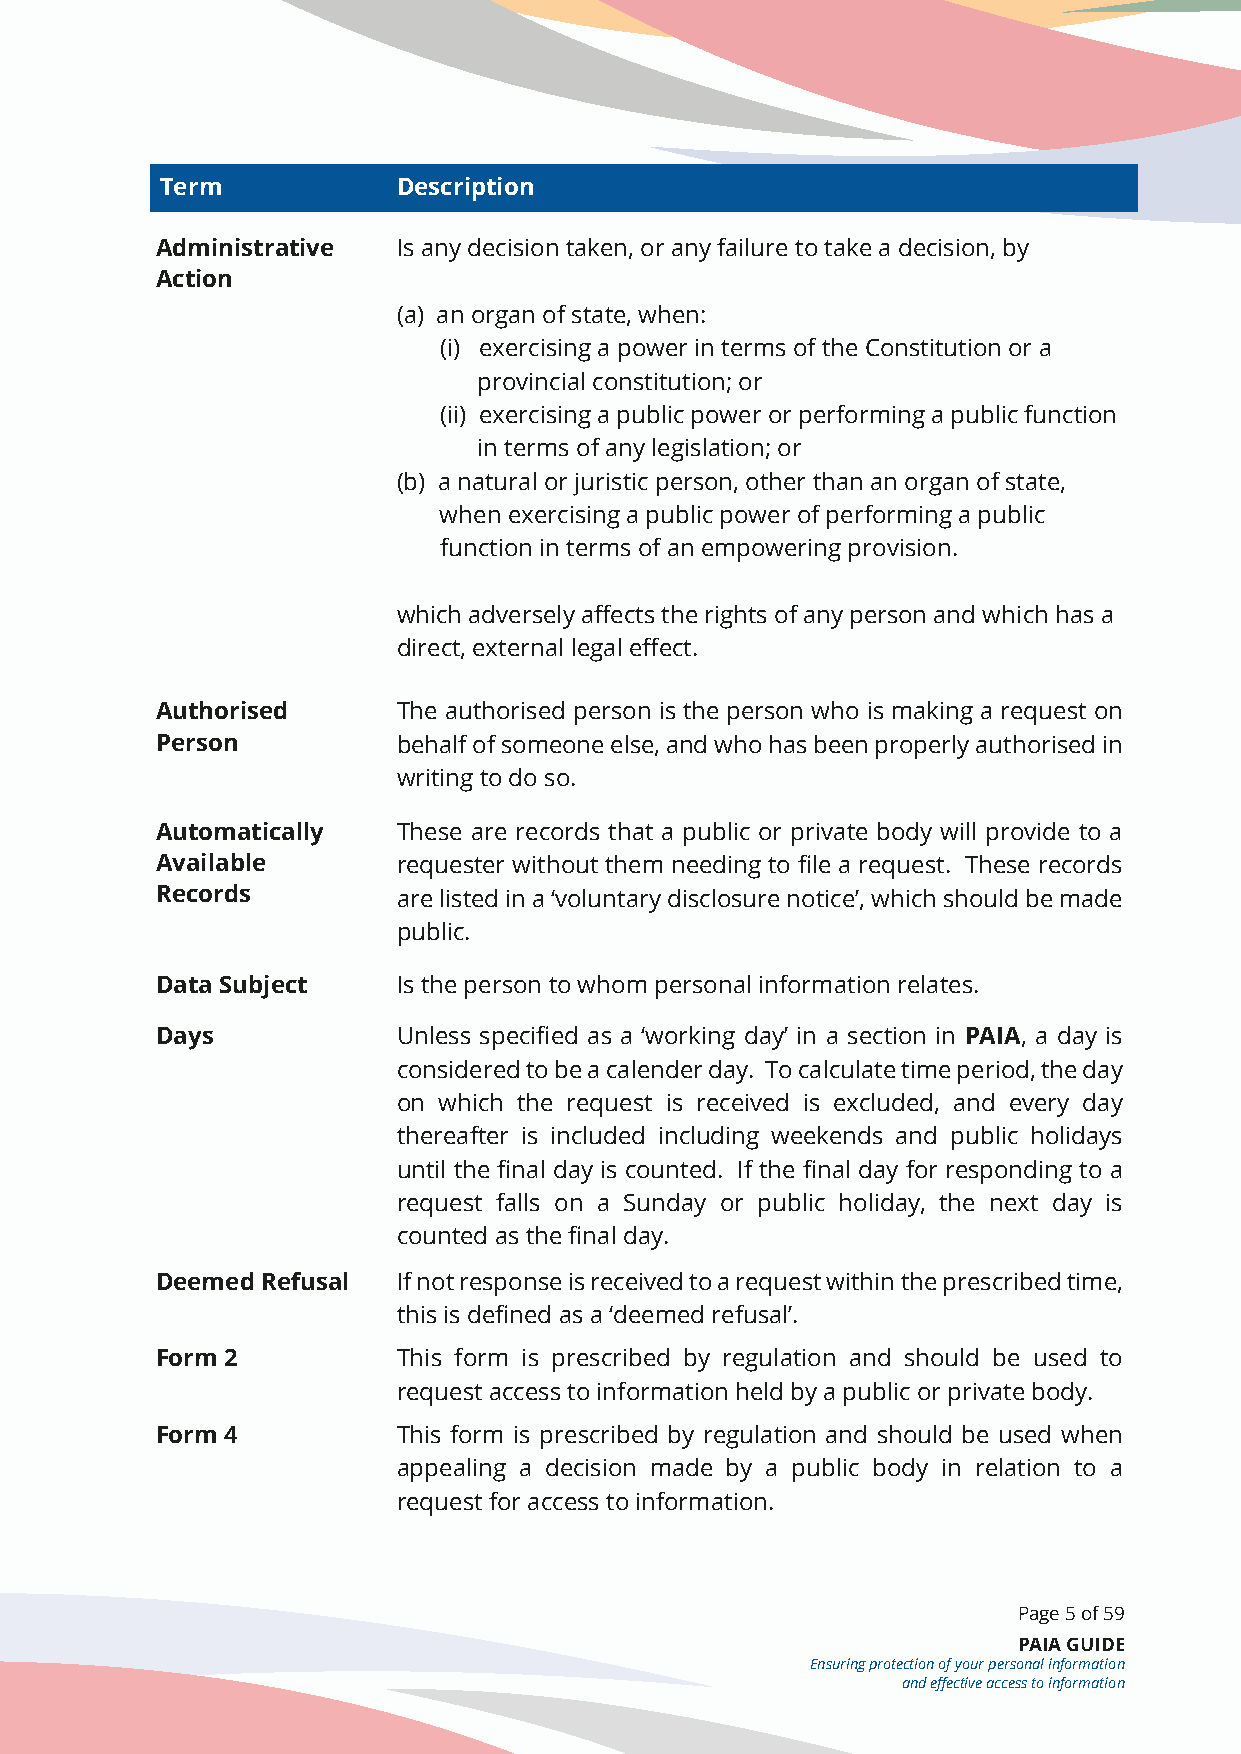
Term           Description
 Administrative  Is any decision taken, or any failure to take a decision, by
 Action
 (a) an organ of state, when:
 (i) exercising a power in terms of the Constitution or a
 provincial constitution; or
 (ii) exercising a public power or performing a public function
 in terms of any legislation; or
 (b) a natural or juristic person, other than an organ of state,
 when exercising a public power of performing a public
 function in terms of an empowering provision.
 which adversely affects the rights of any person and which has a
 direct, external legal effect.
 Authorised      The authorised person is the person who is making a request on
 Person          behalf of someone else, and who has been properly authorised in
 writing to do so.
 Automatically   These are records that a public or private body will provide to a
 Available       requester without them needing to file a request. These records
 Records         are listed in a ‘voluntary disclosure notice’, which should be made
 public.
 Data Subject    Is the person to whom personal information relates.
 Days            Unless specified as a ‘working day’ in a section in PAIA, a day is
 considered to be a calender day. To calculate time period, the day
 on which the request is received is excluded, and every day
 thereafter is included including weekends and public holidays
 until the final day is counted. If the final day for responding to a
 request falls on a Sunday or public holiday, the next day is
 counted as the final day.
 Deemed Refusal  If not response is received to a request within the prescribed time,
 this is defined as a ‘deemed refusal’.
 Form 2          This form is prescribed by regulation and should be used to
 request access to information held by a public or private body.
 Form 4          This form is prescribed by regulation and should be used when
 appealing a decision made by a public body in relation to a
 request for access to information.
 Page 5 of 59
 PAIA GUIDE
 Ensuring protection of your personal information
 and effective access to information